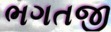
ભગતજી